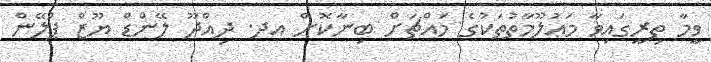
ވީމާ ތިރީގައިވާ މަޢުލޫމާތުތަކުގެ މައްޗަށް ބިނާކޮށް އދ. ދިއްދޫ ލޭންޑް ޔޫޒް ޕްލޭން